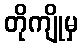
တိုကျိုမှ